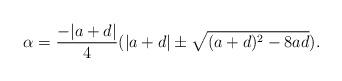
LaTeX: \begin{align*} \alpha=\frac{-|a+d|}{4} (|a+d| \pm \sqrt{(a+d)^2 -8ad}). \end{align*}